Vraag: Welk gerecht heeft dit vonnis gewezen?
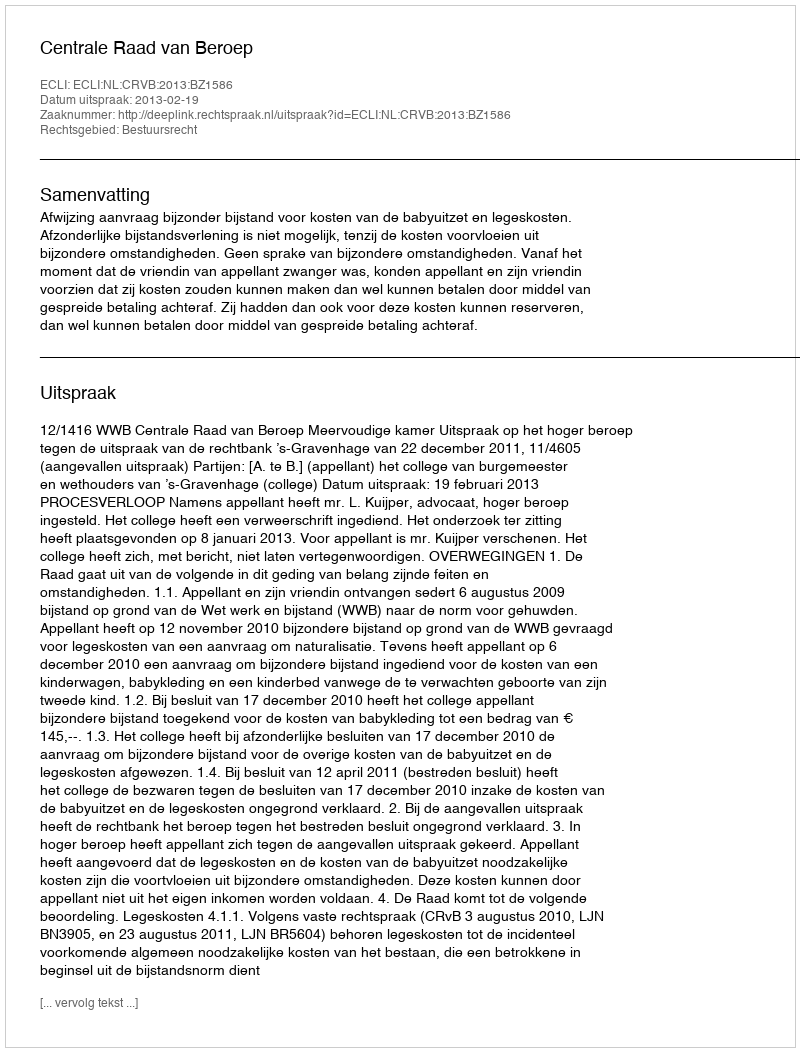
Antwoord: Centrale Raad van Beroep